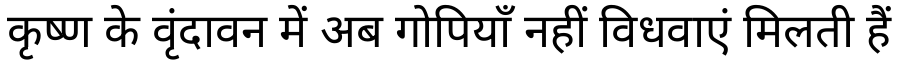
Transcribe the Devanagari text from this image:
कृष्ण के वृंदावन में अब गोपियाँ नहीं विधवाएं मिलती हैं